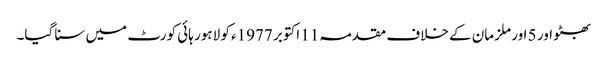
بھٹو اور 5 اور ملزمان کے خلاف مقدمہ11 اکتوبر 1977ء کو لاہور ہائی کورٹ میں سنا گیا۔